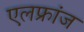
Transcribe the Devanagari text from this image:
एलफ्रांज